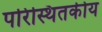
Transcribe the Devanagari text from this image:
परिस्थितकीय